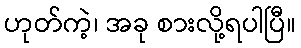
ဟုတ်ကဲ့၊ အခု စားလို့ရပါပြီ။